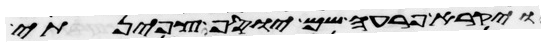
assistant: ויקרא פרעה שם יוסף צפינתי